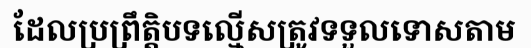
ដែលប្រព្រឹត្តិបទល្មើសត្រូវទទួលទោសតាម